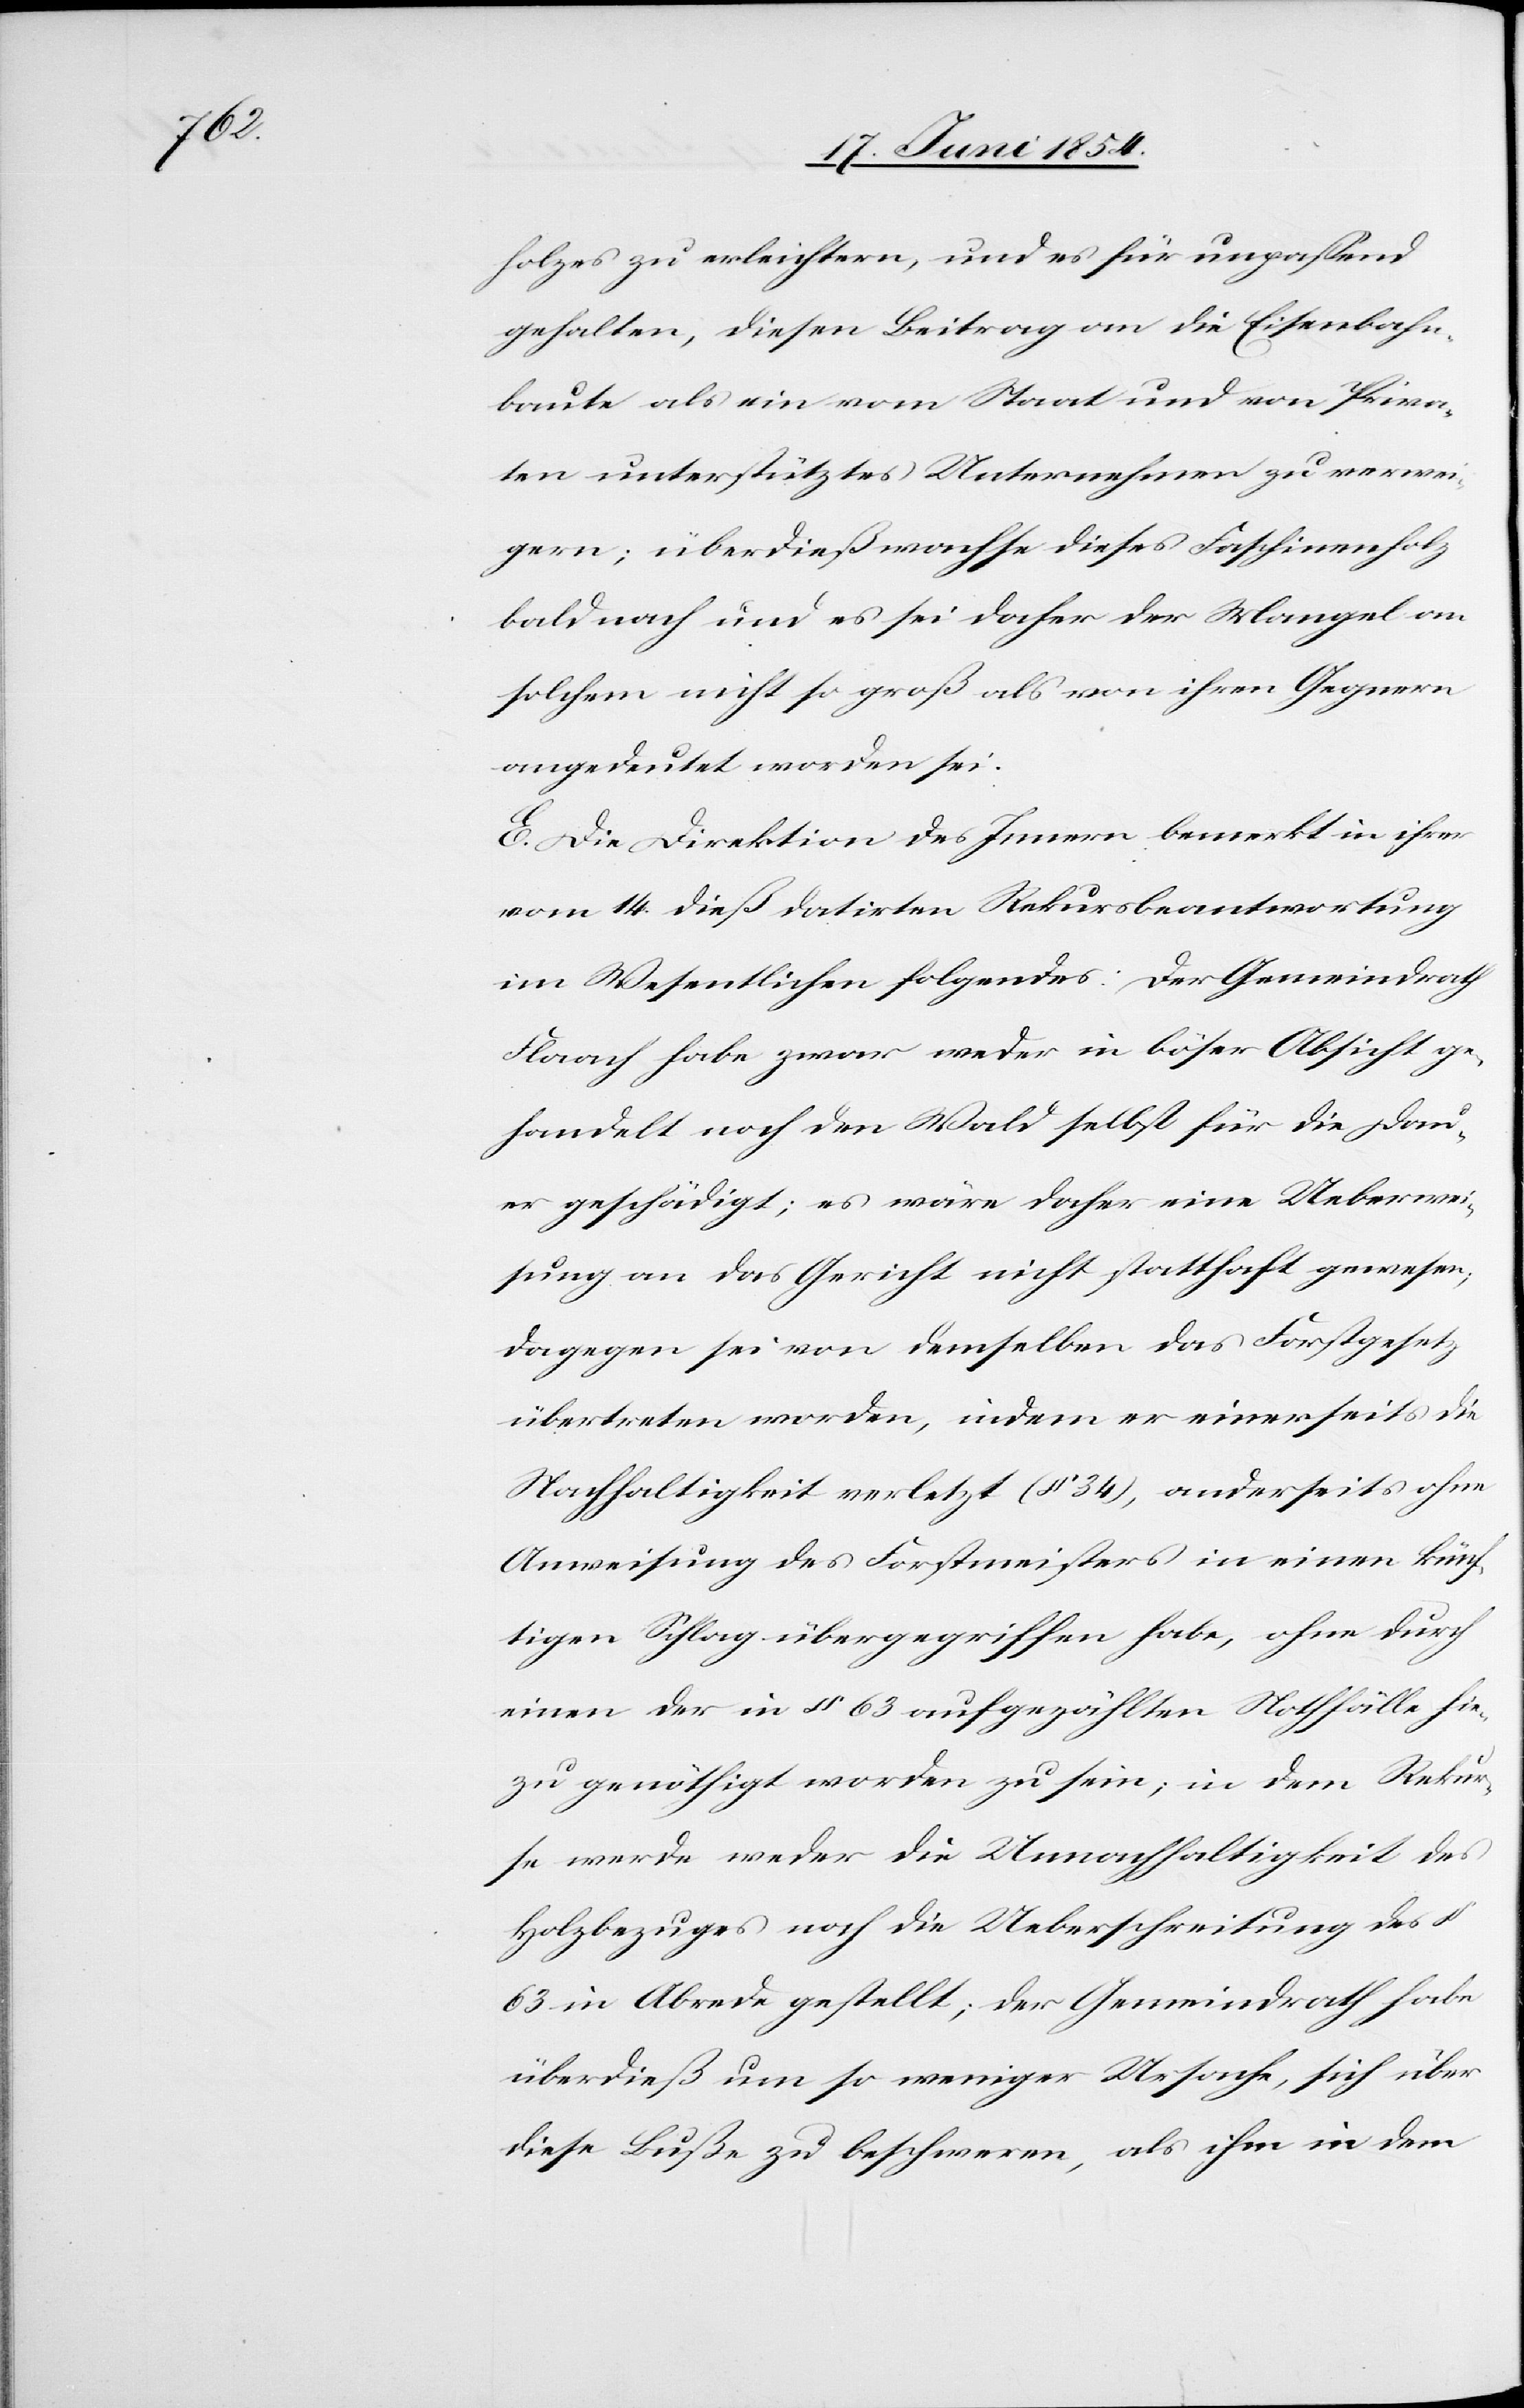
holzes zu erleichtern, und es für unpaßend
gehalten, diesen Beitrag an die Eisenbahn¬
baute als ein vom Staat und von Priva¬
ten unterstütztes Unternehmen zu verwei¬
gern; überdies wachse dieses Faschinenholz
bald nach und es sei daher der Mangel an
solchem nicht so groß als von ihren Gegnern
angedeutet worden sei.
E. Die Direktion des Innern bemerkt in ihrer
vom 14. dieß datirten Rekursbeantwortung
im Wesentlichen folgendes: Der Gemeindrath
Flaach habe zwar weder in böser Absicht ge¬
handelt noch den Wald selbst für die Dau¬
er geschädigt; es wäre daher eine Ueberwei¬
sung an das Gericht nicht statthaft gewesen;
dagegen sei von demselben das Forstgesetz
übertreten worden, indem er einerseits die
Nachhaltigkeit verletzt (§ 34), anderseits ohne
Anweisung des Forstmeisters in einen künf¬
tigen Schlag übergegriffen habe, ohne durch
einen der in § 63 aufgezählten Notfälle hie¬
zu genöthigt worden zu sein; in dem Rekur¬
se werde weder die Unnachhaltigkeit des
Holzbezuges noch die Ueberschreitung des §
63 in Abrede gestellt; der Gemeindrath habe
überdieß um so weniger Ursache, sich über
diese Buße zu beschweren, als ihm in dem